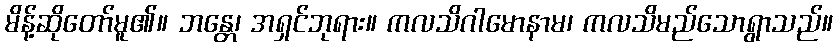
မိန့်ဆိုတော်မူ၏။ ဘန္တေ၊ အရှင်ဘုရား။ ကလသိဂါမောနာမ၊ ကလသိမည်သောရွာသည်။